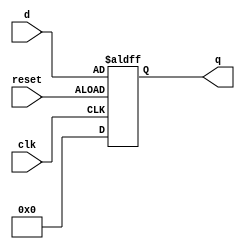
module DFF_36Bit(clk, d, q, reset);
input [36:1] d;
input clk, reset;
output reg [36:1] q;

initial begin
	q <= 36'b000000000000000000000000000000000000;
end

always@(posedge clk or negedge reset)
	if(reset)
 		q <= 36'b000000000000000000000000000000000000;
	else
		q <= d;

endmodule